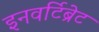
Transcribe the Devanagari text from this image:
इनवर्टिब्रेट